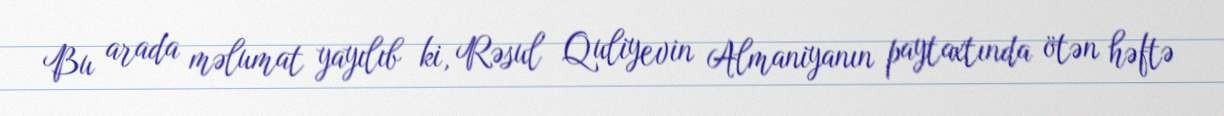
Bu arada məlumat yayılıb ki, Rəsul Quliyevin Almaniyanın paytaxtında ötən həftə